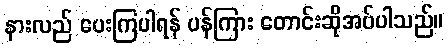
နားလည် ပေးကြပါရန် ပန်ကြား တောင်းဆိုအပ်ပါသည်။